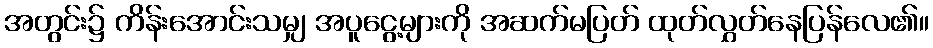
အတွင်း၌ ကိန်းအောင်းသမျှ အပူငွေ့များကို အဆက်မပြတ် ထုတ်လွှတ်နေပြန်လေ၏။